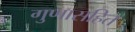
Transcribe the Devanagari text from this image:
गुणासहित